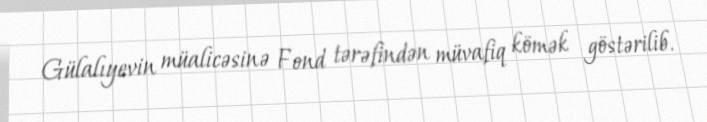
Gülalıyevin müalicəsinə Fond tərəfindən müvafiq kömək göstərilib.